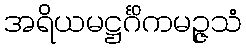
အရိယမဋ္ဌင်္ဂိကမဉ္ဇသံ